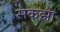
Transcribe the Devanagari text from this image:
सकझा